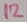
Text: 12